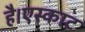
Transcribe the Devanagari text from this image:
है।एस्काट